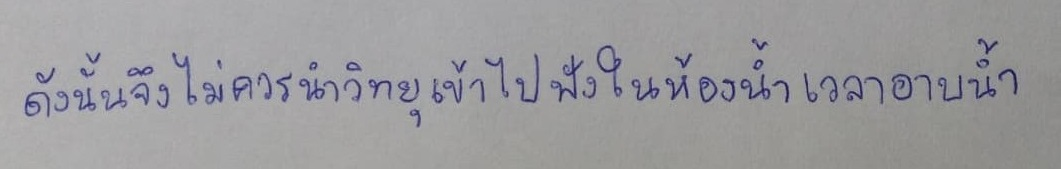
ดังนั้นจึงไม่ควรนำวิทยุเข้าไปฟังในห้องน้ำเวลาอาบน้ำ